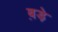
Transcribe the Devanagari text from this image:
ब़ड़े